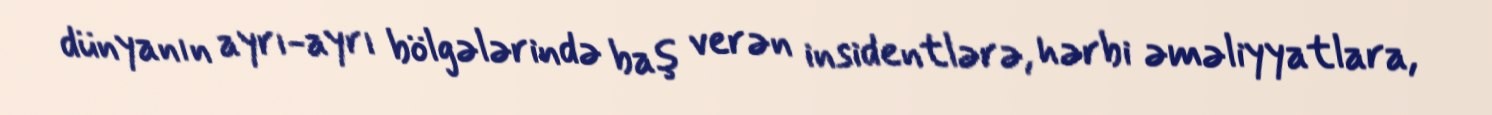
dünyanın ayrı-ayrı bölgələrində baş verən insidentlərə, hərbi əməliyyatlara,